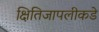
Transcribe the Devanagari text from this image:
क्षितिजापलीकडे